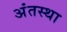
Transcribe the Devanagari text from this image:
अंंतस्था